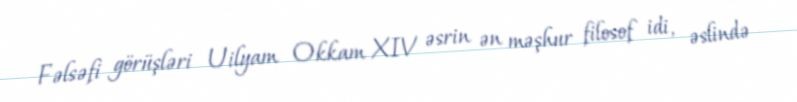
Fəlsəfi görüşləri Uilyam Okkam XIV əsrin ən məşhur filosof idi, əslində